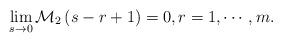
LaTeX: \begin{align*}\lim_{s \rightarrow 0} \mathcal{M}_2\left(s-r+1\right)=0, r=1, \cdots, m.\end{align*}